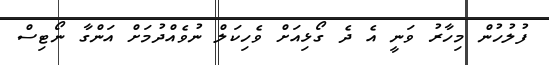
ފުލުހުން މިހާރު ވަނީ އެ ދެ ގޯޅިއަށް ވެހިކަލް ނުވެއްދުމަށް އަންގާ ނޯޓިސް